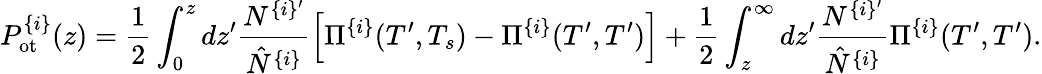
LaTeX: P_{\mathrm{ot}}^{\{ i\} }(z)=\frac{1}{2}\int_{0}^{z}dz^{\prime}\frac{N^{\{ i\} ^{\prime}}}{\hat{N}^{\{ i\} }}\left[\Pi^{\{ i\} }(T^{\prime},T_{s})-\Pi^{\{ i\} }(T^{\prime},T^{\prime})\right]+\frac{1}{2}\int_{z}^{\infty}dz^{\prime}\frac{N^{\{ i\} ^{\prime}}}{\hat{N}^{\{ i\} }}\Pi^{\{ i\} }(T^{\prime},T^{\prime}).